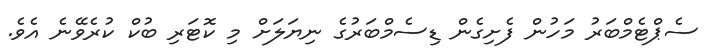
ސެޕްޓެމްބަރު މަހުން ފެށިގެން ޑިސެމްބަރުގެ ނިޔަލަށް މި ކޮޓަރި ބުކް ކުރެވޭނެ އެވެ.